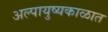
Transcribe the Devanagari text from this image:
अल्पायुष्यकाळात